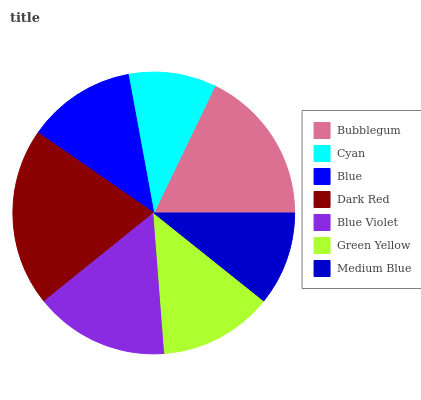
| Bubblegum | Cyan | Blue | Dark Red | Blue Violet | Green Yellow | Medium Blue |
 | --- | --- | --- | --- | --- | --- | --- |
 | 17.8% | 10.1% | 12.5% | 20.4% | 15.4% | 13.1% | 10.7% |